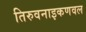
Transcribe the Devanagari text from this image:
तिरुवनाइकणवल